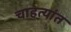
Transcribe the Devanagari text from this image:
चाहत्यांत